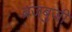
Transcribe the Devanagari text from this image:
ब्रजबुजी